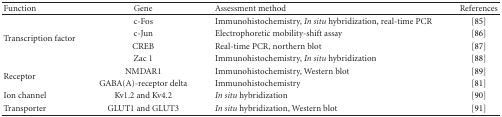
<table><thead><tr><td><b>Function</b></td><td><b>Gene</b></td><td><b>Assessment method</b></td><td><b>References</b></td></tr></thead><tbody><tr><td rowspan="4">Transcription factor</td><td>c-Fos</td><td>Immunohistochemistry, <i>In situ </i>hybridization, real-time PCR</td><td>[85]</td></tr><tr><td>c-Jun</td><td>Electrophoretic mobility-shift assay</td><td>[86]</td></tr><tr><td>CREB</td><td>Real-time PCR, northern blot</td><td>[87]</td></tr><tr><td>Zac 1</td><td>Immunohistochemistry, <i>In situ </i>hybridization</td><td>[88]</td></tr><tr><td rowspan="2">Receptor</td><td>NMDAR1</td><td>Immunohistochemistry, Western blot</td><td>[89]</td></tr><tr><td>GABA(A)-receptor delta</td><td>Immunohistochemistry</td><td>[81]</td></tr><tr><td>Ion channel</td><td>Kv1.2 and Kv4.2</td><td><i>In situ </i>hybridization</td><td>[90]</td></tr><tr><td>Transporter</td><td>GLUT1 and GLUT3</td><td><i>In situ </i>hybridization, Western blot</td><td>[91]</td></tr></tbody></table>